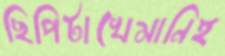
ছিপিটাখেমানিই